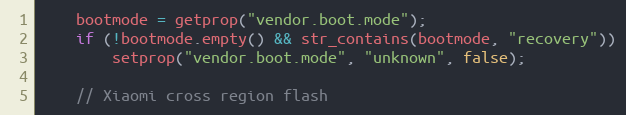
Language: C++
    bootmode = getprop("vendor.boot.mode");
    if (!bootmode.empty() && str_contains(bootmode, "recovery"))
        setprop("vendor.boot.mode", "unknown", false);

    // Xiaomi cross region flash